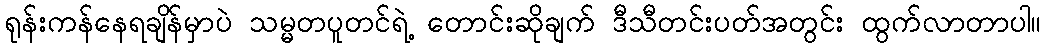
ရုန်းကန်နေရချိန်မှာပဲ သမ္မတပူတင်ရဲ့ တောင်းဆိုချက် ဒီသီတင်းပတ်အတွင်း ထွက်လာတာပါ။